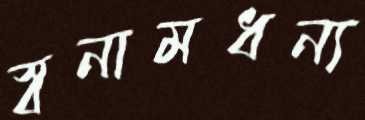
স্বনামধন্য